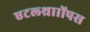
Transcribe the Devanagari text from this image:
एटल्थ्रााोंपस